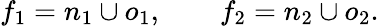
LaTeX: f_{1}=n_{1}\cup o_{1},\qquad f_{2}=n_{2}\cup o_{2}.